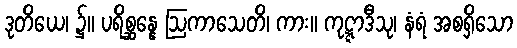
ဒုတိယေ၊ ၌။ ပရိစ္ဆန္နေ ဩကာသေတိ၊ ကား။ ကုဋ္ဋာဒီသု၊ နံရံ အစရှိသော